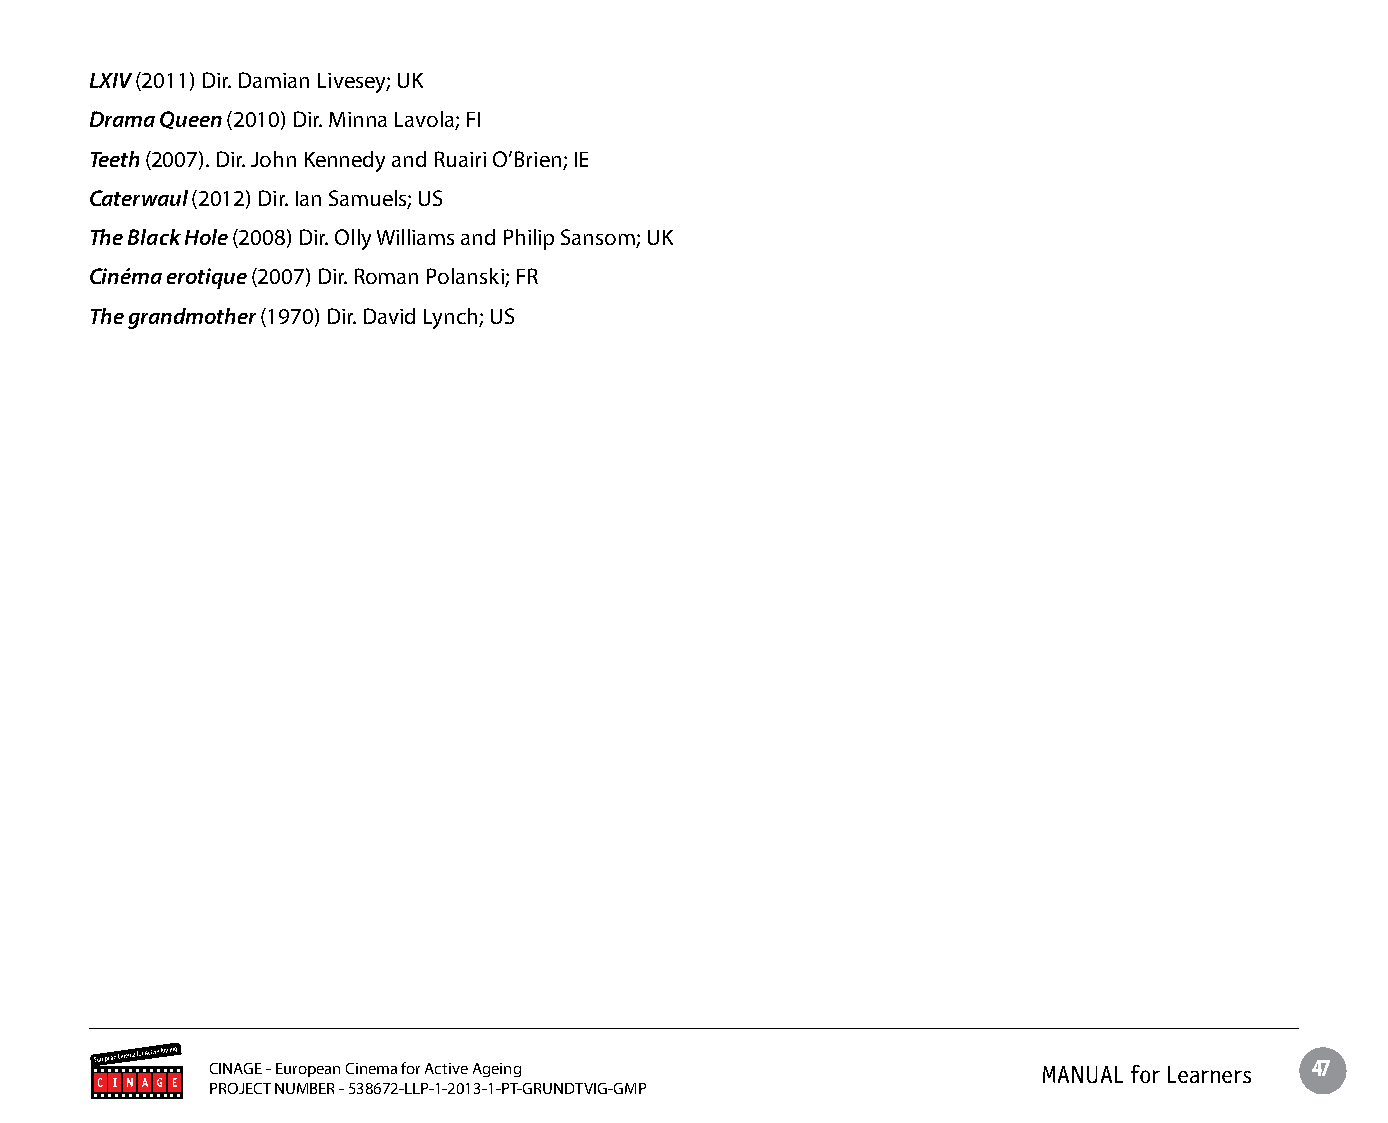
LXIV (2011) Dir. Damian Livesey; UK
 Drama Queen (2010) Dir. Minna Lavola; FI
 Teeth (2007). Dir. John Kennedy and Ruairi O’Brien; IE
 Caterwaul (2012) Dir. Ian Samuels; US
 The Black Hole (2008) Dir. Olly Williams and Philip Sansom; UK
 Cinéma erotique (2007) Dir. Roman Polanski; FR
 The grandmother (1970) Dir. David Lynch; US
 CINAGE - European Cinema for Active Ageing             MANUAL for Learners 47
 PROJECT NUMBER - 538672-LLP-1-2013-1-PT-GRUNDTVIG-GMP